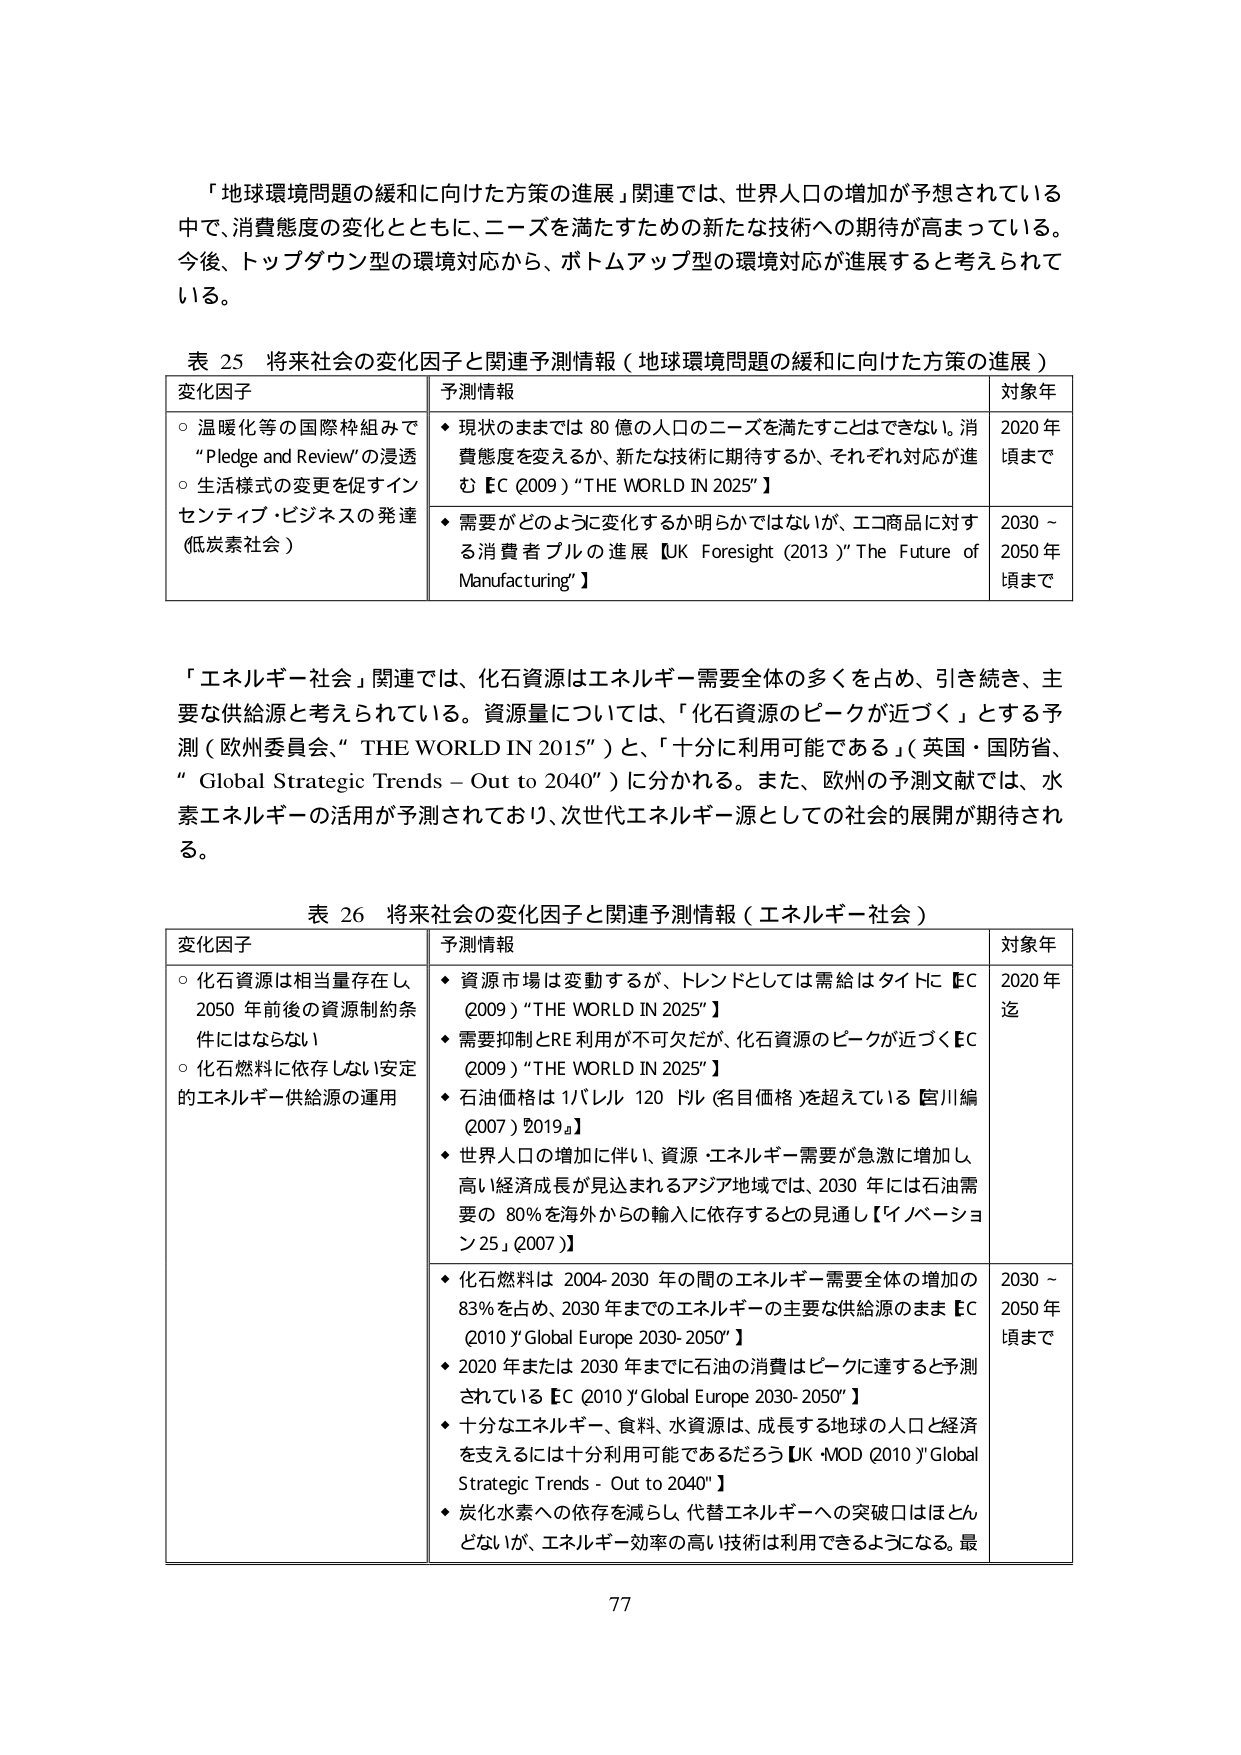
「地球環境問題の緩和に向けた方策の進展」関連では、世界人口の増加が予想されている中で、消費態度の変化とともに、ニーズを満たすための新たな技術への期待が高まっている。今後、トップダウン型の環境対応から、ボトムアップ型の環境対応が進展すると考えられている。

表 25 将来社会の変化因子と関連予測情報（地球環境問題の緩和に向けた方策の進展）

変化因子